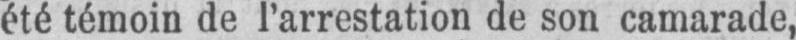
été témoin de l’arrestation de son camarade,